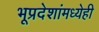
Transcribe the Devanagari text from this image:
भूप्रदेशांमध्येही